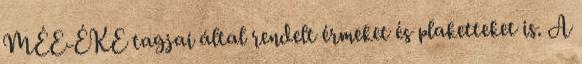
MÉE-ÉKE tagjai által rendelt érmeket és plaketteket is. A